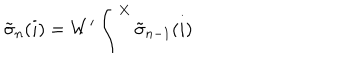
{ \tilde { \sigma } } _ { n } ( i ) = W ^ { \prime } \int ^ { X } { \tilde { \sigma } } _ { n - 1 } ( i )